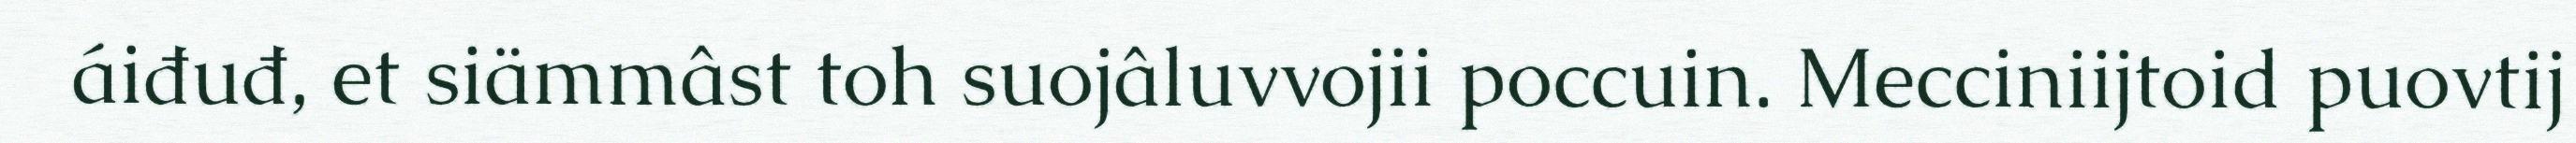
áiđuđ, et siämmâst toh suojâluvvojii poccuin. Mecciniijtoid puovtij